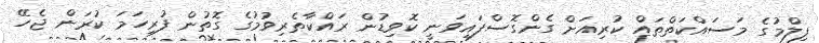
ފިލްމުގެ މަސައްކަތްތައް ކުރިއަށް ގެންގޮސްފައިވަނީ ކޮވިޑުން ރައްކާތެރިވުމުގެ ގޮތުން ފުރިހަމަ ކުރަން ޖެހޭ